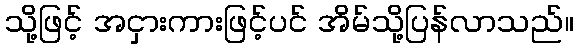
သို့ဖြင့် အငှားကားဖြင့်ပင် အိမ်သို့ပြန်လာသည်။